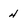
Character: 4